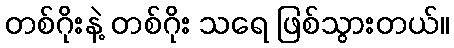
တစ်ဂိုးနဲ့ တစ်ဂိုး သရေ ဖြစ်သွားတယ်။